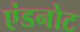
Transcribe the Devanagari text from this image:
एंडनोट